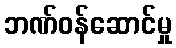
ဘဏ်ဝန်ဆောင်မှု